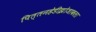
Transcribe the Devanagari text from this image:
पित्तनहेडीझोजाकला